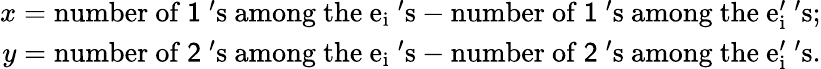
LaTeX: \begin{array}{r}{x=\mathrm{number~of~\mathsf{1}~'s~among~the~e_{i}~'s}-\mathrm{number~of~\mathsf{1}~'s~among~the~e_{i}'~'s};}\\ {y=\mathrm{number~of~\mathsf{2}~'s~among~the~e_{i}~'s}-\mathrm{number~of~\mathsf{2}~'s~among~the~e_{i}'~'s.}}\end{array}